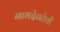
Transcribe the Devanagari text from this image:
नागदेवतेची